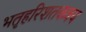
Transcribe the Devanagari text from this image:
भतृहरिशतकत्रय